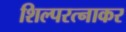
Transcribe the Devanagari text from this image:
शिल्परत्नाकर